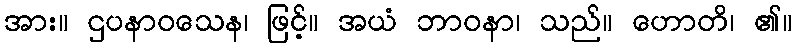
အား။ ဌပနာဝသေန၊ ဖြင့်။ အယံ ဘာဝနာ၊ သည်။ ဟောတိ၊ ၏။